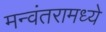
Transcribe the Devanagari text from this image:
मन्वंतरामध्ये